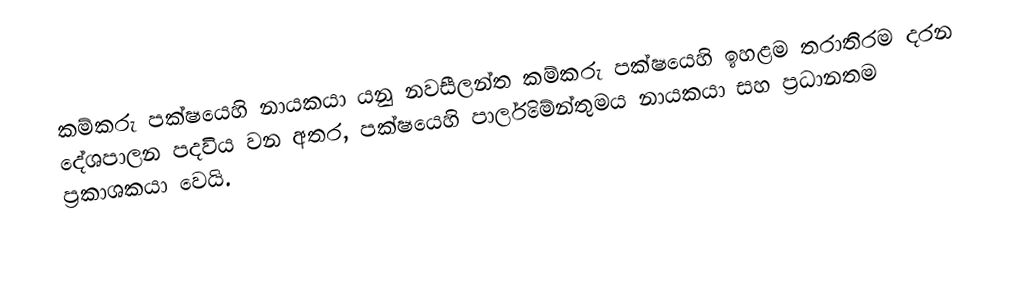
කම්කරු පක්ෂයෙහි නායකයා යනු නවසීලන්ත කම්කරු පක්ෂයෙහි ඉහළම තරාතිරම දරන දේශපාලන පදවිය වන අතර, පක්ෂයෙහි පාර්ලිමේන්තුමය නායකයා සහ ප්‍රධානතම ප්‍රකාශකයා වෙයි.